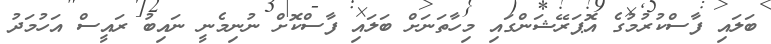
ބަލައި ފާސްކުރުމުގެ އޮޕަރޭޝަންގައި މިހާތަނަށް ބަލައި ފާސްކޮށް ނުނިމެނީ ނައިބު ރައީސް އަހުމަދު